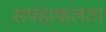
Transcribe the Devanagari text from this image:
सफ्हाकलता